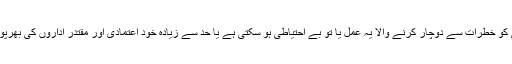
ایسے حساس وقت میں قومی سلامتی کو خطرات سے دوچار کرنے والا یہ عمل یا تو بے احتیاطی ہو سکتی ہے یا حد سے زیادہ خود اعتمادی اور مقتدر اداروں کی بھرپور اور غیر مشروط حمایت اور تائید۔